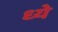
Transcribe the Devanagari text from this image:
ध्ये